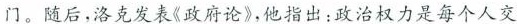
门。随后，洛克发表《政府论》，他指出：政治权力是每个人交